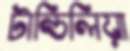
টান্ডিলিয়া